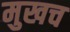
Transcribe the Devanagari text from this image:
मुखच